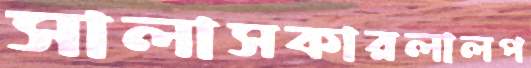
সালাসকারলালপ